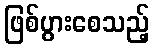
ဖြစ်ပွားစေသည့်